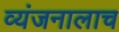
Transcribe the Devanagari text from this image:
व्यंजनालाच